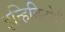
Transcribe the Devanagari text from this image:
इन्हिबिटोरी